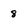
Character: 8